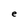
Character: e